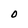
Character: O